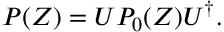
P ( Z ) = U P _ { 0 } ( Z ) U ^ { \dag } .